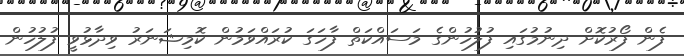
ފެން ފޯރުކޮށް ދިނުމުގައި ފުލުހުންގެ މަސައްކަތް ފާހަގަ ކުރައްވަމުން ކޮމިޝަނަރު ވިދާޅުވީ ފުލުހުން